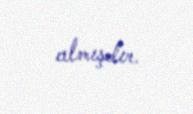
almışdır.